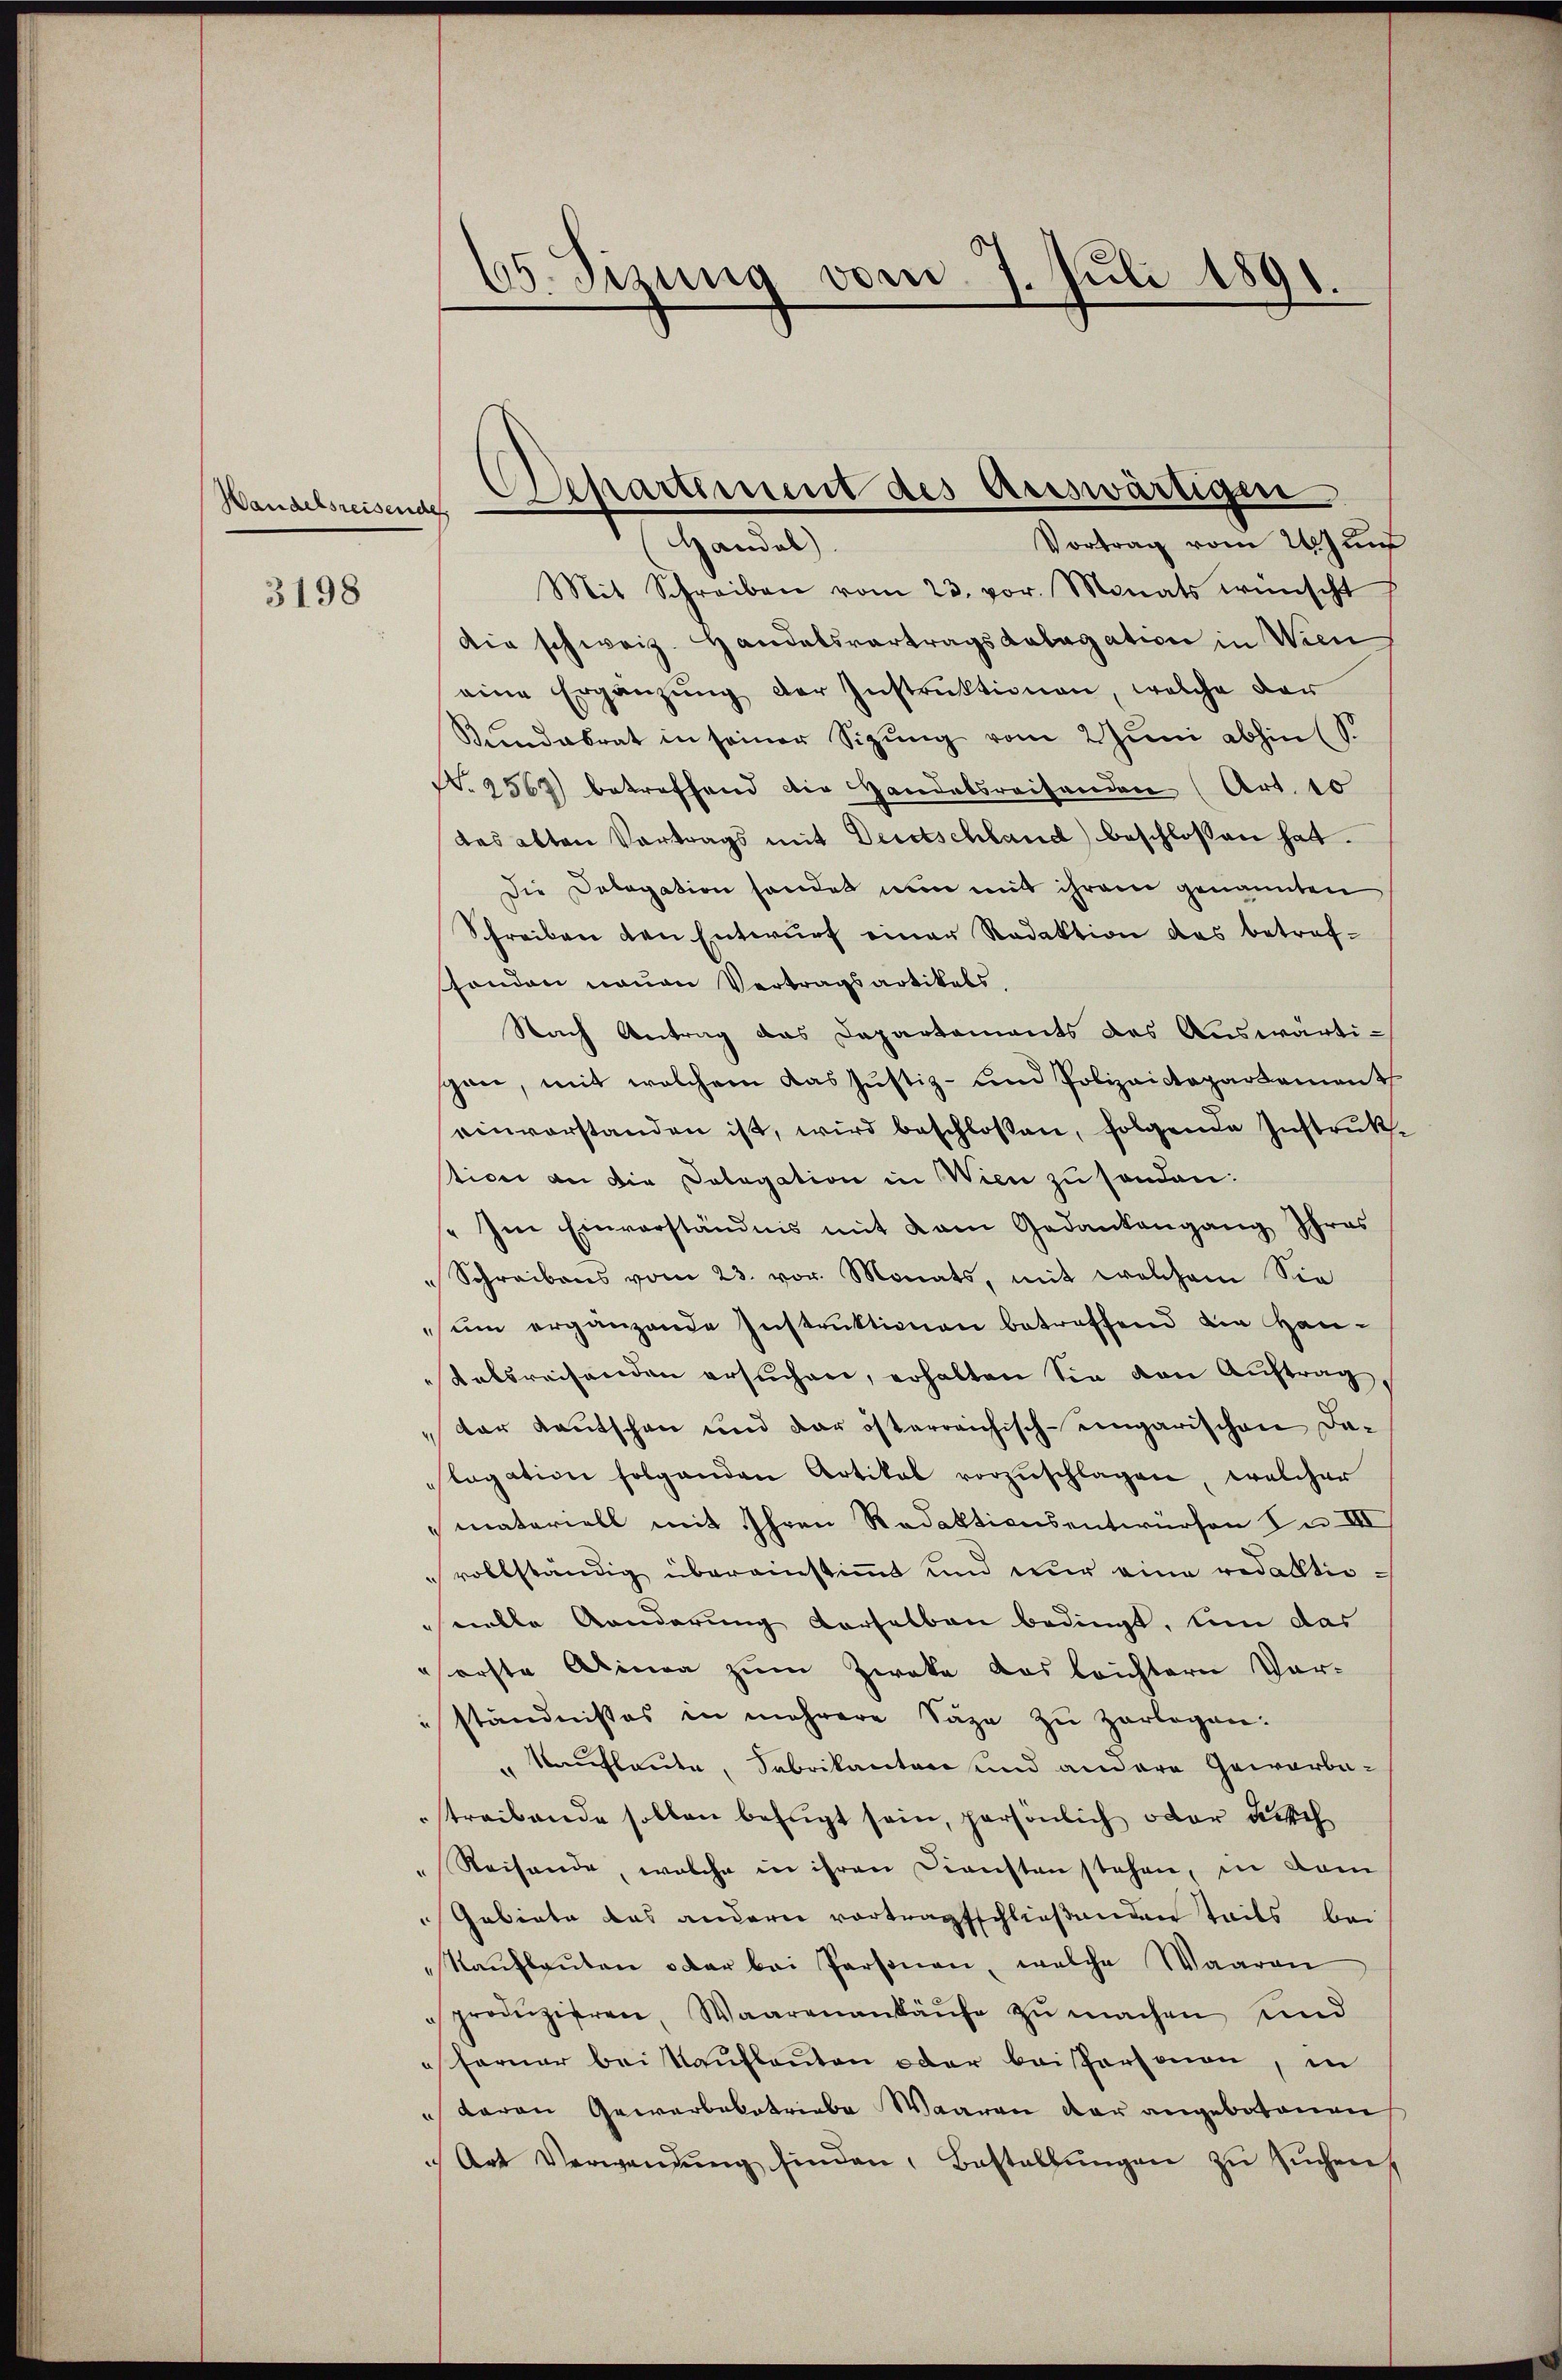
Wandelsreisendes

3198

Mit Schreiben vom 23. vor. Monats wünscht
die schweiz. Handelsvortragsdalagation in Wien
eine Ergänzŭng der Instruktionen, welche dar
Kŭndabrat in seiner Sizŭng vom 2 Juni abhin (S.
N. 2567) betreffend die Handelsreisenden (Art. 10
das alten Vortrags mit Deutschland beschlossen hat.
Die Delegation sonder nun mit ihrem genannten
Schreiben den Entwurf einer Redaktion das betrefsonden neuen Vertragsartikels,
Nach Antrag das Departements des Auswärtispane, mit welchem das Justiz- und Polizaictapartement
einvorstanden ist, wird beschlossen, folgende Instruktion an die Dolegation in Wien zu sonden:
„Im Einverständnis mit kam Gedankengang Ihres
Schreibens vom 23. vor. Monats, mit welchem Sie
sum ergänzende Instruktionen betreffend die Hantelsreisenden ersuchen, erhalten Sie von Auftrag,
der Kautschen und der österreichisch-eingarischen Dalegation folgenden Artikal vorzŭschlagen, welcher
materiell mit Ihren Redaktionsentwürfen In III
vollständig übereinstimmt und nur eine redaktiowolle anderung derselben bedingt, bin das
forste Alinea zum Zweke das leichtern Vor-
ständnisses in mehrere Säge zu zerlegen:
" Kaufleute, Sabrikanton und andere Gewerbestreibende sollen befugt sein, persönlich oder durch
Reisende, welche in ihren Diensten stehen, in dam
Gebiete das andern vortragsschließenden Teils bei
Kaŭflaŭten oder bei Personen, welche Waaren
produzieren, Waarenankaŭfe zŭ machen und
ferner bei Kaufleuten oder bei Personen, in
 daran Gewerbebetriebe Waaren der angebotenen
Art Verwendŭng finden, Bestallŭngen zŭ sŭchen,

65. Sizung vom 7. Juli 1891.

Departiment des Auswärtige
Vortrag vom 24 Jun
Handel